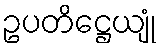
ဥပတိဋ္ဌေယျုံ